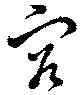
容